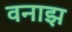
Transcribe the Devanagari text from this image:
वनाझ